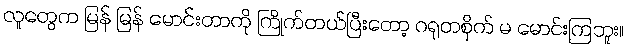
လူတွေက မြန် မြန် မောင်းတာကို ကြိုက်တယ်ပြီးတော့ ဂရုတစိုက် မ မောင်းကြဘူး။